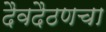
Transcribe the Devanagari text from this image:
दैवदैठणचा